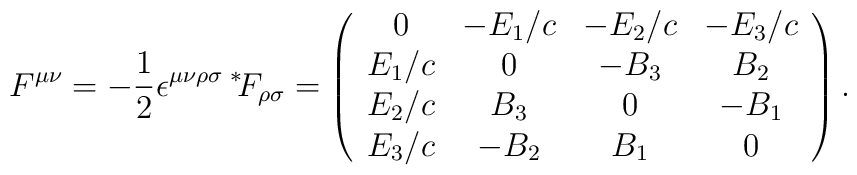
F^{\mu \nu} = - \frac{1}{2} \epsilon^{\mu \nu \rho \sigma} \hspace{0.8mm}{^*}\hspace{-0.8mm}F_{\rho \sigma} = \left( \begin{array}{cccc} 0 & -E_1/c & -E_2/c & -E_3/c \\ E_1/c & 0 & -B_3 & B_2 \\ E_2/c & B_3 & 0 & -B_1 \\ E_3/c & -B_2 & B_1 & 0 \\\end{array} \right) .